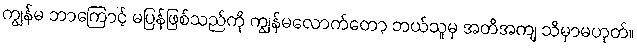
ကျွန်မ ဘာကြောင့် မပြန်ဖြစ်သည်ကို ကျွန်မလောက်တော့ ဘယ်သူမှ အတိအကျ သိမှာမဟုတ်။